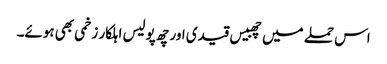
اس حملے میں چھبیس قیدی اور چھ پولیس اہلکار زخمی بھی ہوئے۔